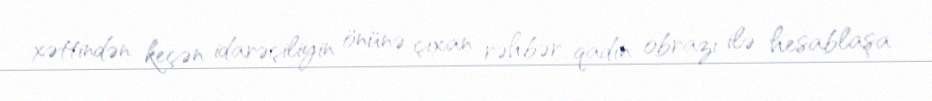
xəttindən keçən idarəçiliyin önünə çıxan rəhbər qadın obrazı ilə hesablaşa